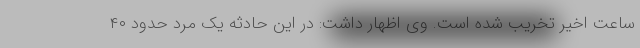
ساعت اخیر تخریب شده است. وی اظهار داشت: در این حادثه یک مرد حدود ۴۰